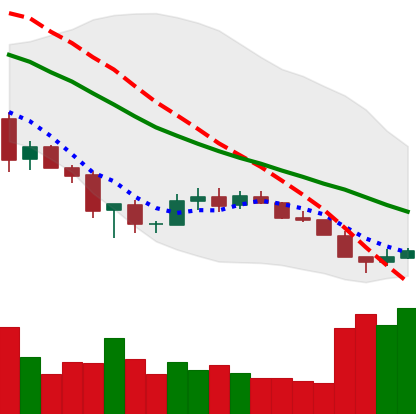
Ticker: XLM-USD
Chart end date: 2018-12-09
Forward return: -21.385%
Label: down_7plus